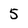
Character: 5